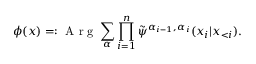
\phi ( \boldsymbol { x } ) = : \mathrm { ~ A ~ r ~ g ~ } \sum _ { \boldsymbol { \alpha } } \prod _ { i = 1 } ^ { n } \tilde { \psi } ^ { \alpha _ { i - 1 } , \alpha _ { i } } ( x _ { i } | \boldsymbol x _ { < i } ) .